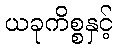
ယခုကိစ္စနှင့်